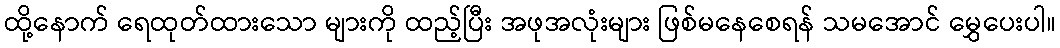
ထို့နောက် ရေထုတ်ထားသော များကို ထည့်ပြီး အဖုအလုံးများ ဖြစ်မနေစေရန် သမအောင် မွှေပေးပါ။